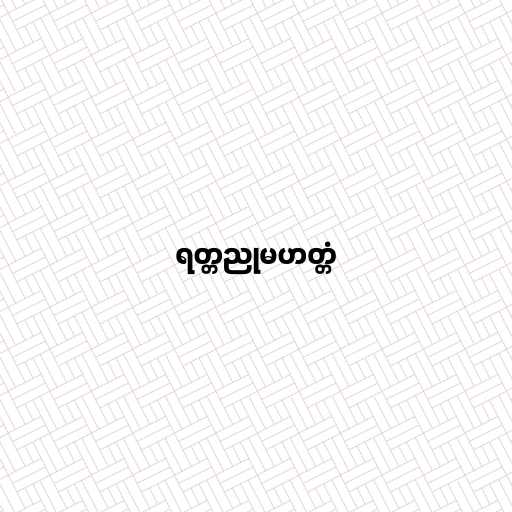
ရတ္တညုမဟတ္တံ